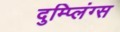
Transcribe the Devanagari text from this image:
दुम्प्लिंग्स